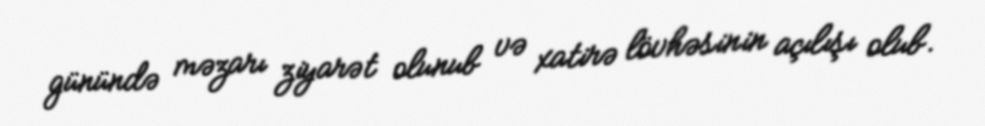
günündə məzarı ziyarət olunub və xatirə lövhəsinin açılışı olub.